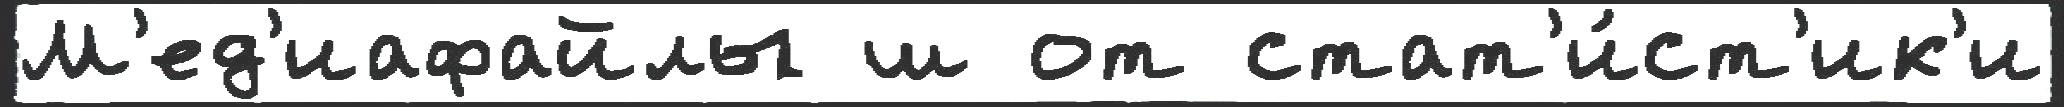
М'ед'иафайлы ш от стат'и́ст'ик'и